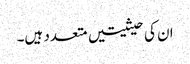
ان کی حیثیتیں متعدد ہیں۔